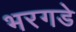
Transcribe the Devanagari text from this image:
भरगडे